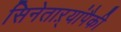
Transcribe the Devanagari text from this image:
सिनेताऱ्यांपैकी